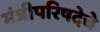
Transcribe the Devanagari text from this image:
मंत्रीपरिषदेचे